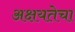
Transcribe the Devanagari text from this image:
अक्षयतेचा